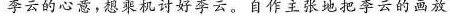
李云的心意，想乘机讨李云。自作主张地把李云的画放